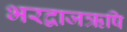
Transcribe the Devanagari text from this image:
भरद्वाजऋषि